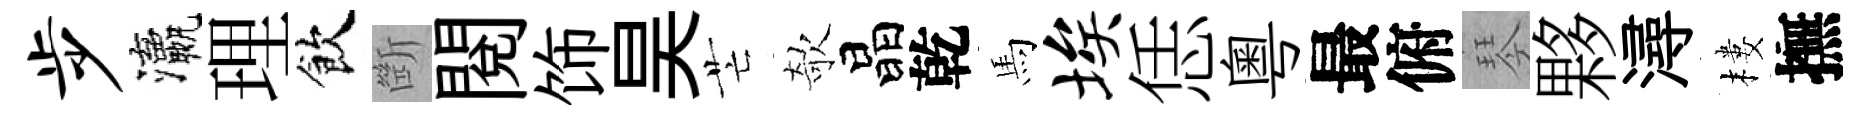
步瀛理飲㫁閲饰昊芒欹晶乾馬埃恁粵最俯琴夥潯樓撫